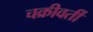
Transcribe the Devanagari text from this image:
चक्रीवर्ती